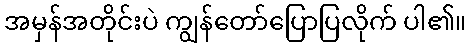
အမှန်အတိုင်းပဲ ကျွန်တော်ပြောပြလိုက် ပါ၏။